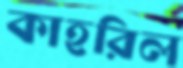
কাহরিল